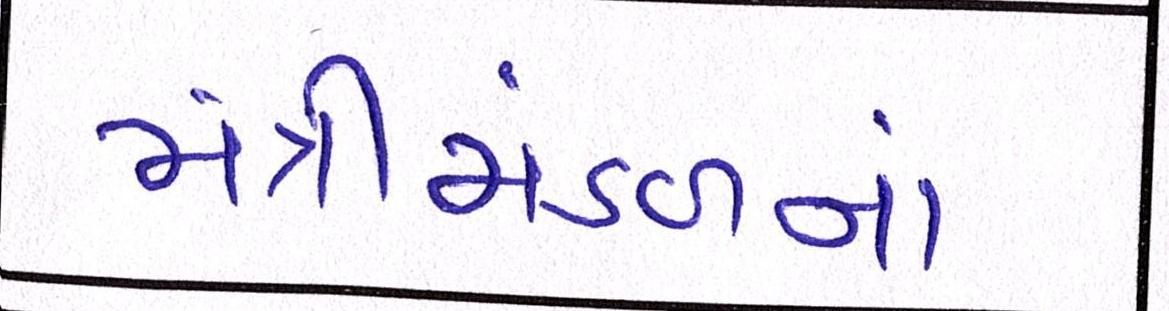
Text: મંત્રીમંડળનાં